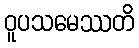
ဝူပသမေဿတိ